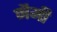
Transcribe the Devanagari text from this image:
नैमी